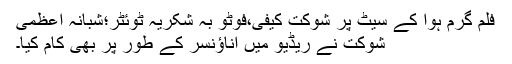
فلم گرم ہوا کے سیٹ پر شوکت کیفی،فوٹو بہ شکریہ ٹوئٹر؛شبانہ اعظمی
شوکت نے ریڈیو میں اناؤنسر کے طور پر بھی کام کیا۔